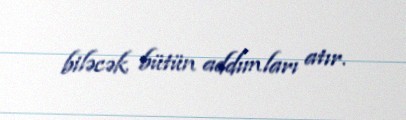
biləcək bütün addımları atır.